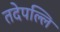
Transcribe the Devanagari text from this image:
तदेपल्लि